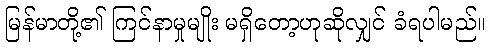
မြန်မာတို့၏ ကြင်နာမှုမျိုး မရှိတော့ဟုဆိုလျှင် ခံရပါမည်။